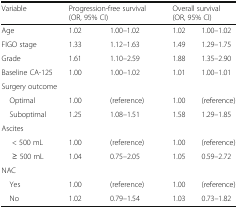
<table><thead><tr><td><b>Variable</b></td><td colspan="2"><b>Progression-free survival(OR, 95% CI)</b></td><td colspan="2"><b>Overall survival(OR, 95% CI)</b></td></tr></thead><tbody><tr><td>Age</td><td>1.02</td><td>1.00–1.02</td><td>1.02</td><td>1.00–1.02</td></tr><tr><td>FIGO stage</td><td>1.33</td><td>1.12–1.63</td><td>1.49</td><td>1.29–1.75</td></tr><tr><td>Grade</td><td>1.61</td><td>1.10–2.59</td><td>1.88</td><td>1.35–2.90</td></tr><tr><td>Baseline CA-125</td><td>1.00</td><td>1.00–1.02</td><td>1.01</td><td>1.00–1.01</td></tr><tr><td colspan="5">Surgery outcome</td></tr><tr><td> Optimal</td><td>1.00</td><td>(reference)</td><td>1.00</td><td>(reference)</td></tr><tr><td> Suboptimal</td><td>1.25</td><td>1.08–1.51</td><td>1.58</td><td>1.29–1.85</td></tr><tr><td colspan="5">Ascites</td></tr><tr><td>&lt; 500 mL</td><td>1.00</td><td>(reference)</td><td>1.00</td><td>(reference)</td></tr><tr><td>≥ 500 mL</td><td>1.04</td><td>0.75–2.05</td><td>1.05</td><td>0.59–2.72</td></tr><tr><td colspan="5">NAC</td></tr><tr><td> Yes</td><td>1.00</td><td>(reference)</td><td>1.00</td><td>(reference)</td></tr><tr><td> No</td><td>1.02</td><td>0.79–1.54</td><td>1.03</td><td>0.73–1.82</td></tr></tbody></table>